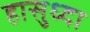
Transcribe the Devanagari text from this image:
हासुध्दा